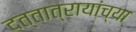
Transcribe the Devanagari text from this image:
दत्तात्रायांच्या